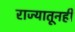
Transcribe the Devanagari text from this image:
राज्यातूनही